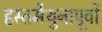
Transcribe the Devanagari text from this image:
हस्तमैथुनापूर्वी